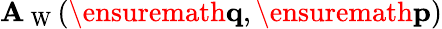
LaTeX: \mathbf{A}_{\mathrm{{~W~}}}(\ensuremath{{\mathbf{{q}}}},\ensuremath{{\mathbf{{p}}}})